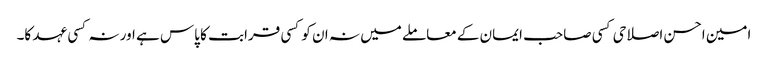
امین احسن اصلاحی کسی صاحب ایمان کے معاملے میں نہ ان کو کسی قرابت کا پاس ہے اور نہ کسی عہد کا۔